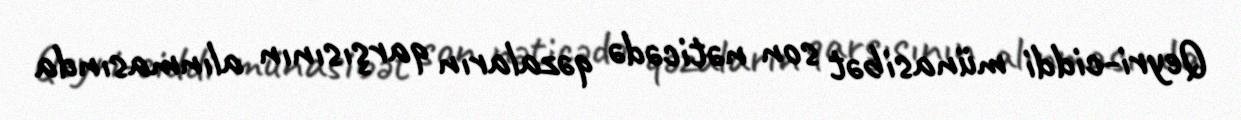
Qeyri-ciddi münasibət son nəticədə qəzaların qarşısının alınmasında